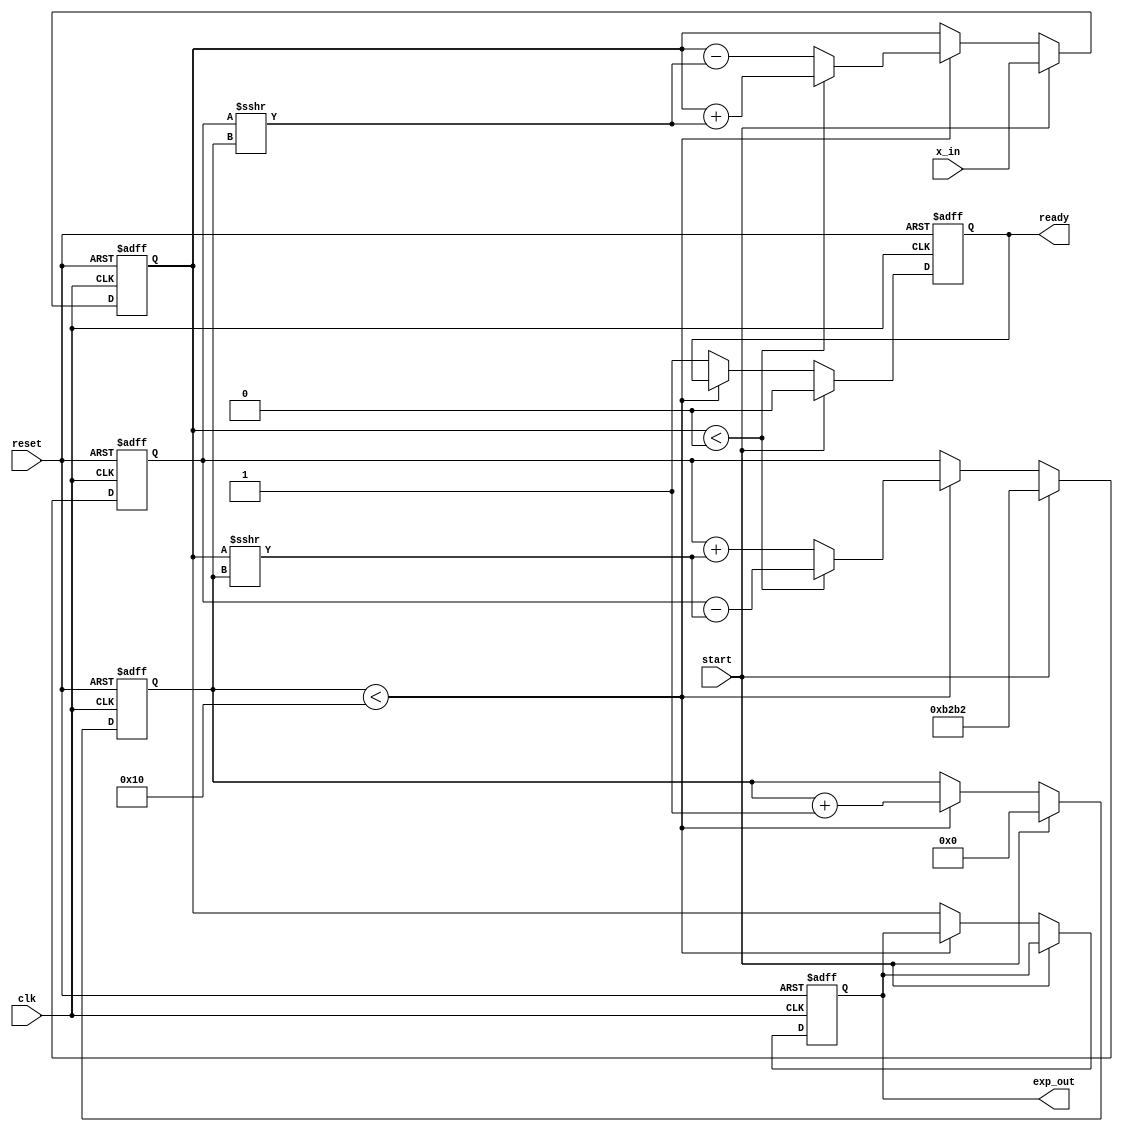
module cordic_exponential #(
    parameter WIDTH = 16, // Bit-width for fixed-point representation
    parameter ITERATIONS = 16 // Number of CORDIC iterations
)(
    input wire clk,
    input wire reset,
    input wire start,
    input wire signed [WIDTH-1:0] x_in, // Input value for e^x
    output reg signed [WIDTH-1:0] exp_out, // Output value for e^x
    output reg ready // Signal indicating output is ready
);

    // CORDIC gain factor (approximation)
    localparam signed [WIDTH-1:0] K = 16'hB2B2; // Example gain factor (K = 1.64676... in fixed-point)

    // Angle lookup table for CORDIC (arctan values)
    reg signed [WIDTH-1:0] atan_table [0:ITERATIONS-1];
    initial begin
        // Precomputed arctan values for CORDIC
        atan_table[0] = 16'h1C71; // atan(2^-0)
        atan_table[1] = 16'h1B71; // atan(2^-1)
        atan_table[2] = 16'h1A7A; // atan(2^-2)
        // ... Fill in the rest of the table
        atan_table[15] = 16'h0C90; // atan(2^-15)
    end

    // Internal registers
    reg signed [WIDTH-1:0] x, y;
    reg [4:0] iteration_count; // 5 bits for iteration count (up to 31)
    reg signed [WIDTH-1:0] x_temp, y_temp;

    // Control logic
    always @(posedge clk or posedge reset) begin
        if (reset) begin
            exp_out <= 0;
            ready <= 0;
            iteration_count <= 0;
            x <= 0;
            y <= 0;
        end else if (start) begin
            // Initialize values
            x <= x_in;
            y <= K; // Start with y = K
            iteration_count <= 0;
            ready <= 0;
        end else if (iteration_count < ITERATIONS) begin
            // CORDIC iteration
            if (x < 0) begin
                // Rotate clockwise
                x_temp = x + (y >>> iteration_count);
                y_temp = y - (x >>> iteration_count);
            end else begin
                // Rotate counter-clockwise
                x_temp = x - (y >>> iteration_count);
                y_temp = y + (x >>> iteration_count);
            end
            x <= x_temp;
            y <= y_temp;
            iteration_count <= iteration_count + 1;
        end else begin
            // Final output
            exp_out <= x; // Output the computed value
            ready <= 1; // Indicate that the output is ready
        end
    end

endmodule